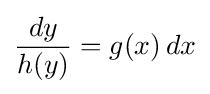
{dy \over h(y)}=g(x)\,dx